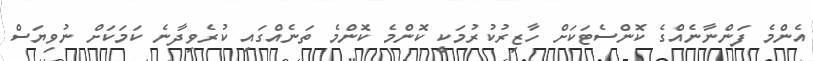
އެންމެ ފަންނާނެއްގެ ކޮންސެޓަކަށް ހާޒިރުކުރުމަކީ ކޮންމެ ކޮންމެ ތަނެއްގައި ކުރެވިދާނެ ކަމަކަށް ނުވިޔަސް